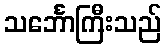
သင်္ဘောကြီးသည်